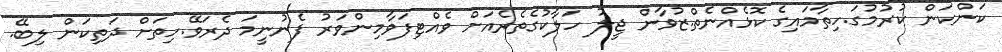
ކަންކަން ކުރުމުގަ.ހިތާމައިގެ ކޮޅެއްނެތް.ޒުވާން ޖީލު ހަލާކުގެތެރެއަށް ވެއްޓިފަވާމިންވަރު ފެނުނީމަ ދެރަވޭ.ހިތަށް ދަތިކަން ލިބޭ.